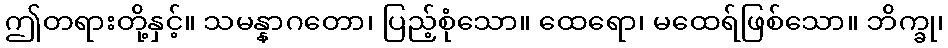
ဤတရားတို့နှင့်။ သမန္နာဂတော၊ ပြည့်စုံသော။ ထေရော၊ မထေရ်ဖြစ်သော။ ဘိက္ခု၊